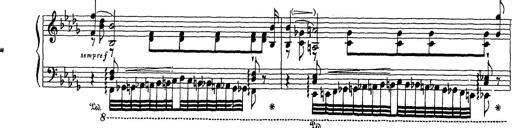
Title: Grosses Konzertsolo
Composer: Franz Liszt